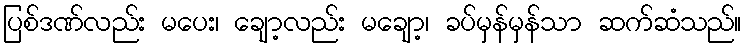
ပြစ်ဒဏ်လည်း မပေး၊ ချော့လည်း မချော့၊ ခပ်မှန်မှန်သာ ဆက်ဆံသည်။